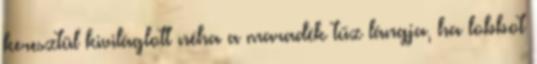
keresztül kiviláglott néha a maradék tűz lángja, ha lobbot